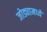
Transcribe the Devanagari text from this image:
जोड्यामध्ये